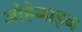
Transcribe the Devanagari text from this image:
जोहेनाइन